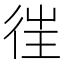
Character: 𢓸